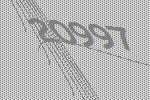
20997